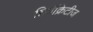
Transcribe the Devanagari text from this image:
हिपॉक्रेटीज